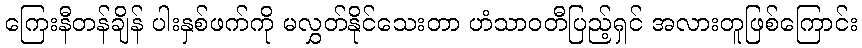
ကြေးနီတန်ချိန် ပါးနှစ်ဖက်ကို မလွှတ်နိုင်သေးတာ ဟံသာဝတီပြည့်ရှင် အလားတူဖြစ်ကြောင်း